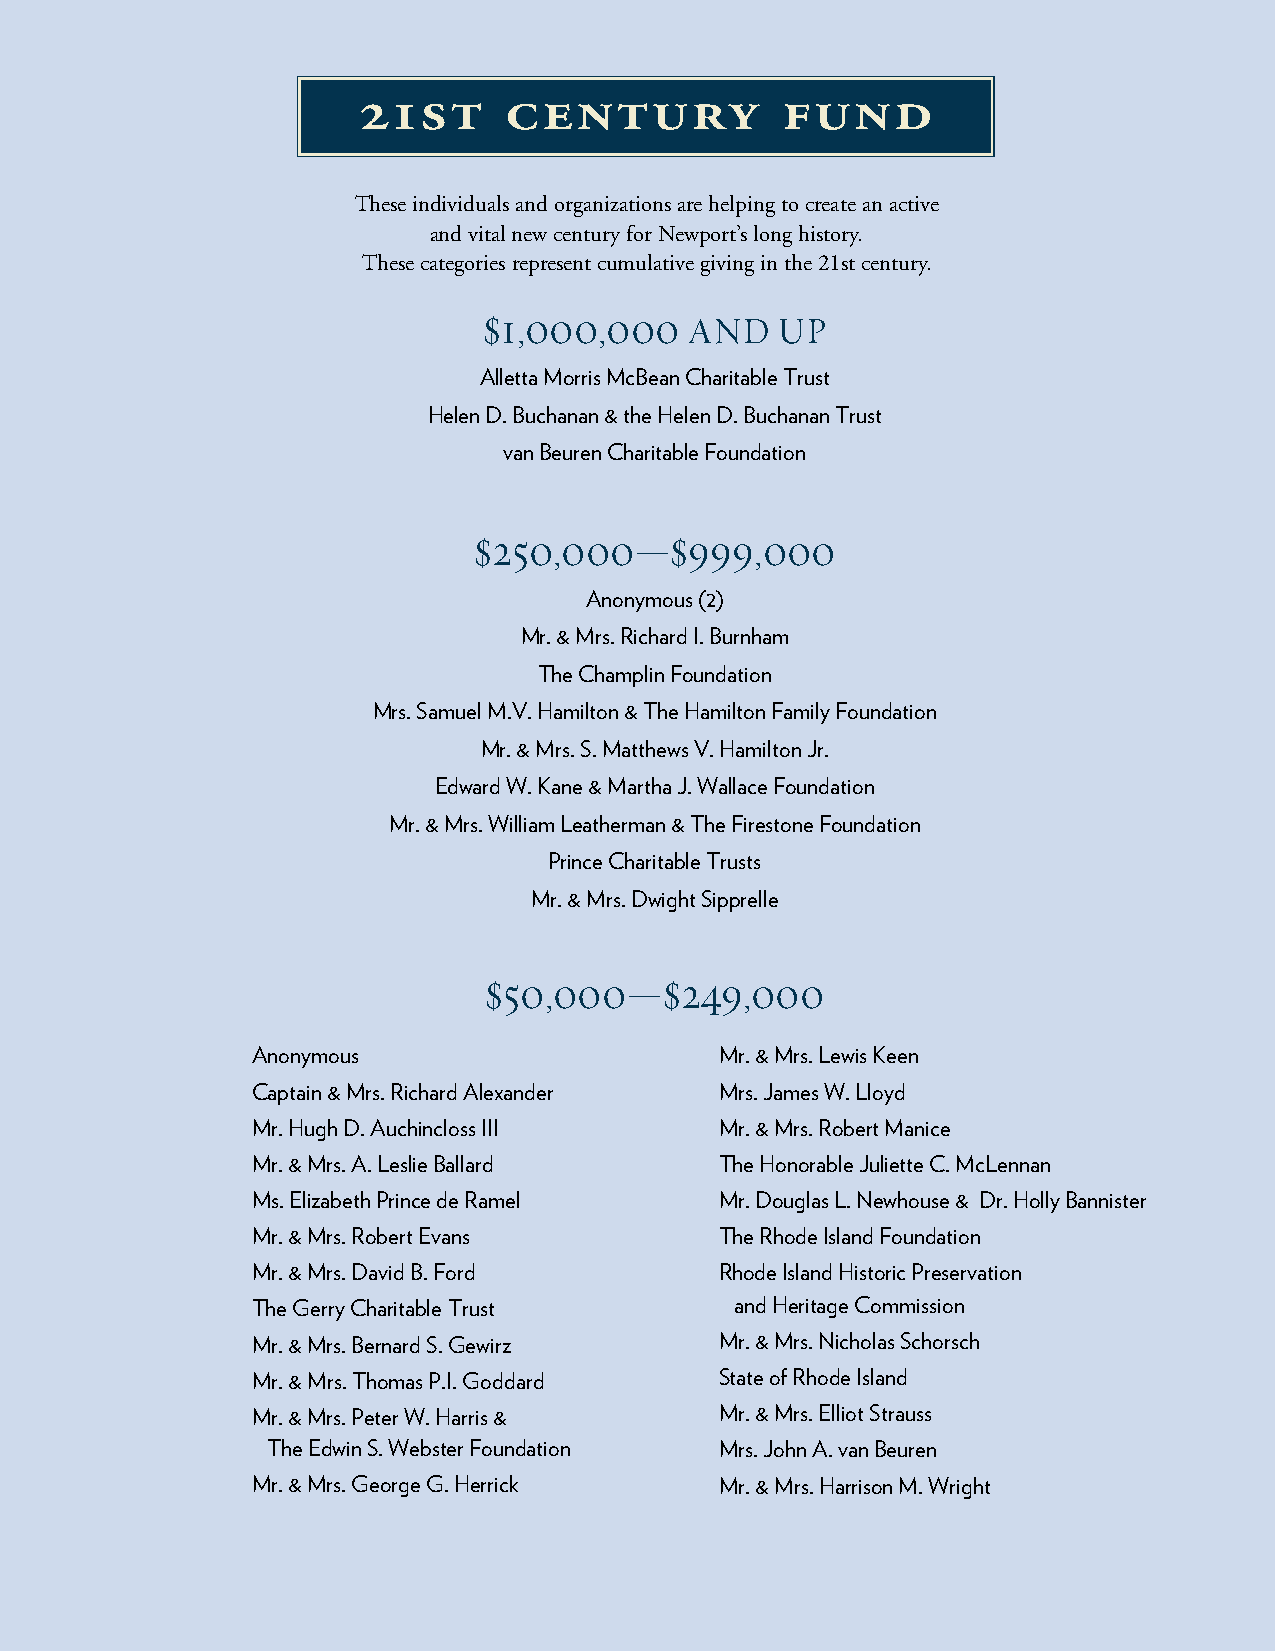
21st     century            fund
 These individuals and organizations are helping to create an active
 and vital new century for Newport’s long history.
 These categories represent cumulative giving in the 21st century.
 $1,000,000    and  up
 Alletta Morris McBean Charitable Trust
 Helen D. Buchanan & the Helen D. Buchanan Trust
 van Beuren Charitable Foundation
 $250,000—$999,000
 Anonymous (2)
 Mr. & Mrs. Richard I. Burnham
 The Champlin Foundation
 Mrs. Samuel M.V. Hamilton & The Hamilton Family Foundation
 Mr. & Mrs. S. Matthews V. Hamilton Jr.
 Edward W. Kane & Martha J. Wallace Foundation
 Mr. & Mrs. William Leatherman & The Firestone Foundation
 Prince Charitable Trusts
 Mr. & Mrs. Dwight Sipprelle
 $50,000—$249,000
 Anonymous                      Mr. & Mrs. Lewis Keen
 Captain & Mrs. Richard Alexander Mrs. James W. Lloyd
 Mr. Hugh D. Auchincloss III    Mr. & Mrs. Robert Manice
 Mr. & Mrs. A. Leslie Ballard   The Honorable Juliette C. McLennan
 Ms. Elizabeth Prince de Ramel  Mr. Douglas L. Newhouse & Dr. Holly Bannister
 Mr. & Mrs. Robert Evans        The Rhode Island Foundation
 Mr. & Mrs. David B. Ford       Rhode Island Historic Preservation
 The Gerry Charitable Trust      and Heritage Commission
 Mr. & Mrs. Bernard S. Gewirz   Mr. & Mrs. Nicholas Schorsch
 Mr. & Mrs. Thomas P.I. Goddard State of Rhode Island
 Mr. & Mrs. Peter W. Harris &   Mr. & Mrs. Elliot Strauss
 The Edwin S. Webster Foundation Mrs. John A. van Beuren
 Mr. & Mrs. George G. Herrick   Mr. & Mrs. Harrison M. Wright
 annual report 2020 v page 35